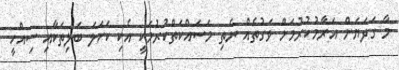
މާ ގަދަޔަށް އަރާމުކުރުމަށް ވަގުތެއް ނެތި މަސައްކަތްކުރުމަކީ އެކި ކަހަލަ ބަލިތަކާއި ސިއްހީ